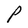
Character: P